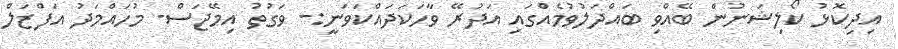
އިދިކޮޅު ކޯލިޝަނުން ބޭއްވި ބައްދަލުވުމެއްގައި އަދުރޭ ވާހަކަދައްކަވަނީ:- ވަގުތު އިމޭޖަސް- މުހައްމަދު އަފްޒަލް